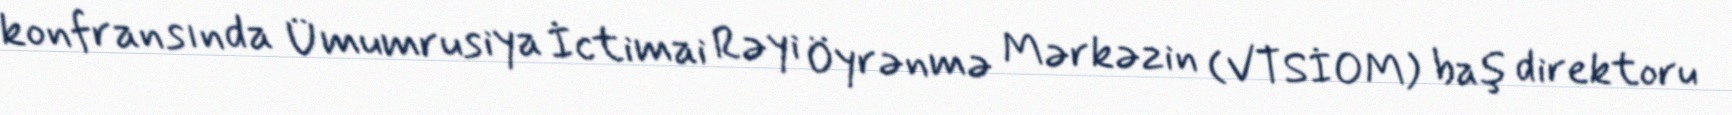
konfransında Ümumrusiya İctimai Rəyi Öyrənmə Mərkəzin (VTSİOM) baş direktoru